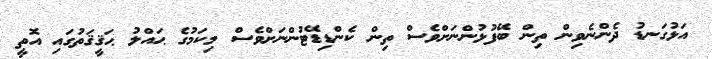
އަޅުގަނޑު ދެންނެވިން ތިން ބޭފުޅުންނަށްވެސް ތިން ކެންޑިޑޭޓުންނަށްވެސް މިކަމުގެ ޙައްލު ޙަޤީޤަތުގައި އޮތީ